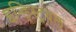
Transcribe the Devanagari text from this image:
इन्ड्स्ट्रियल